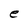
Character: e